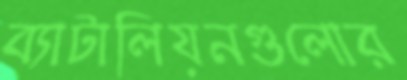
ব্যাটালিয়নগুলোর